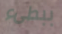
ببطىء